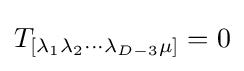
T_{[\lambda _{1}\lambda _{2}\cdots \lambda _{D-3}\mu ]}=0